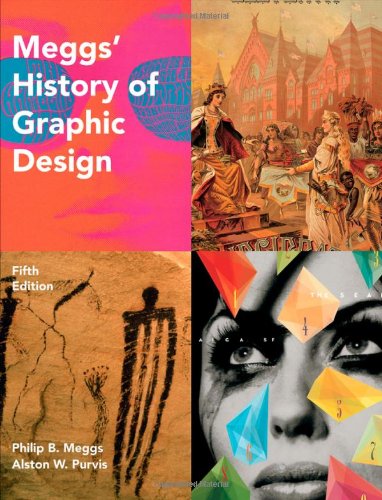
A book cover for Meggs' History of Graphic Design; Philip B. Meggs; Arts & Photography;